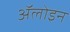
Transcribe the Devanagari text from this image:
ॲलोइन